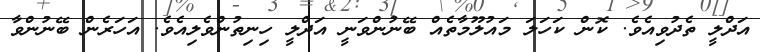
އަދްލީ ތެދުވިއެވެ. ކޮން ކަހަލަ މައުލޫމާތެއް ބޭނުންވަނީ އަދްލީ ހިނިތުންވެލިއެވެ. އަހަރެން ބޭނުންވާ